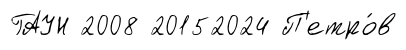
ГАУН 2008 20152024 П'етро́в